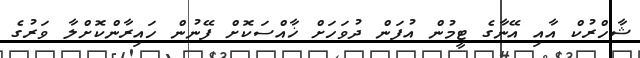
ޝާހްރުކް އާއި އޭނާގެ ޓީމުން އުފަން ދުވަހަށް ޚާއްސަކޮށް ފޭނުން ހައިރާންކޮށްލާ ވަރުގެ